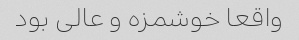
واقعا خوشمزه و عالی بود